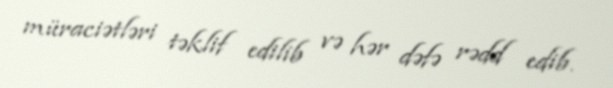
müraciətləri təklif edilib və hər dəfə rədd edib.